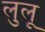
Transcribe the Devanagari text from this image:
लुलू